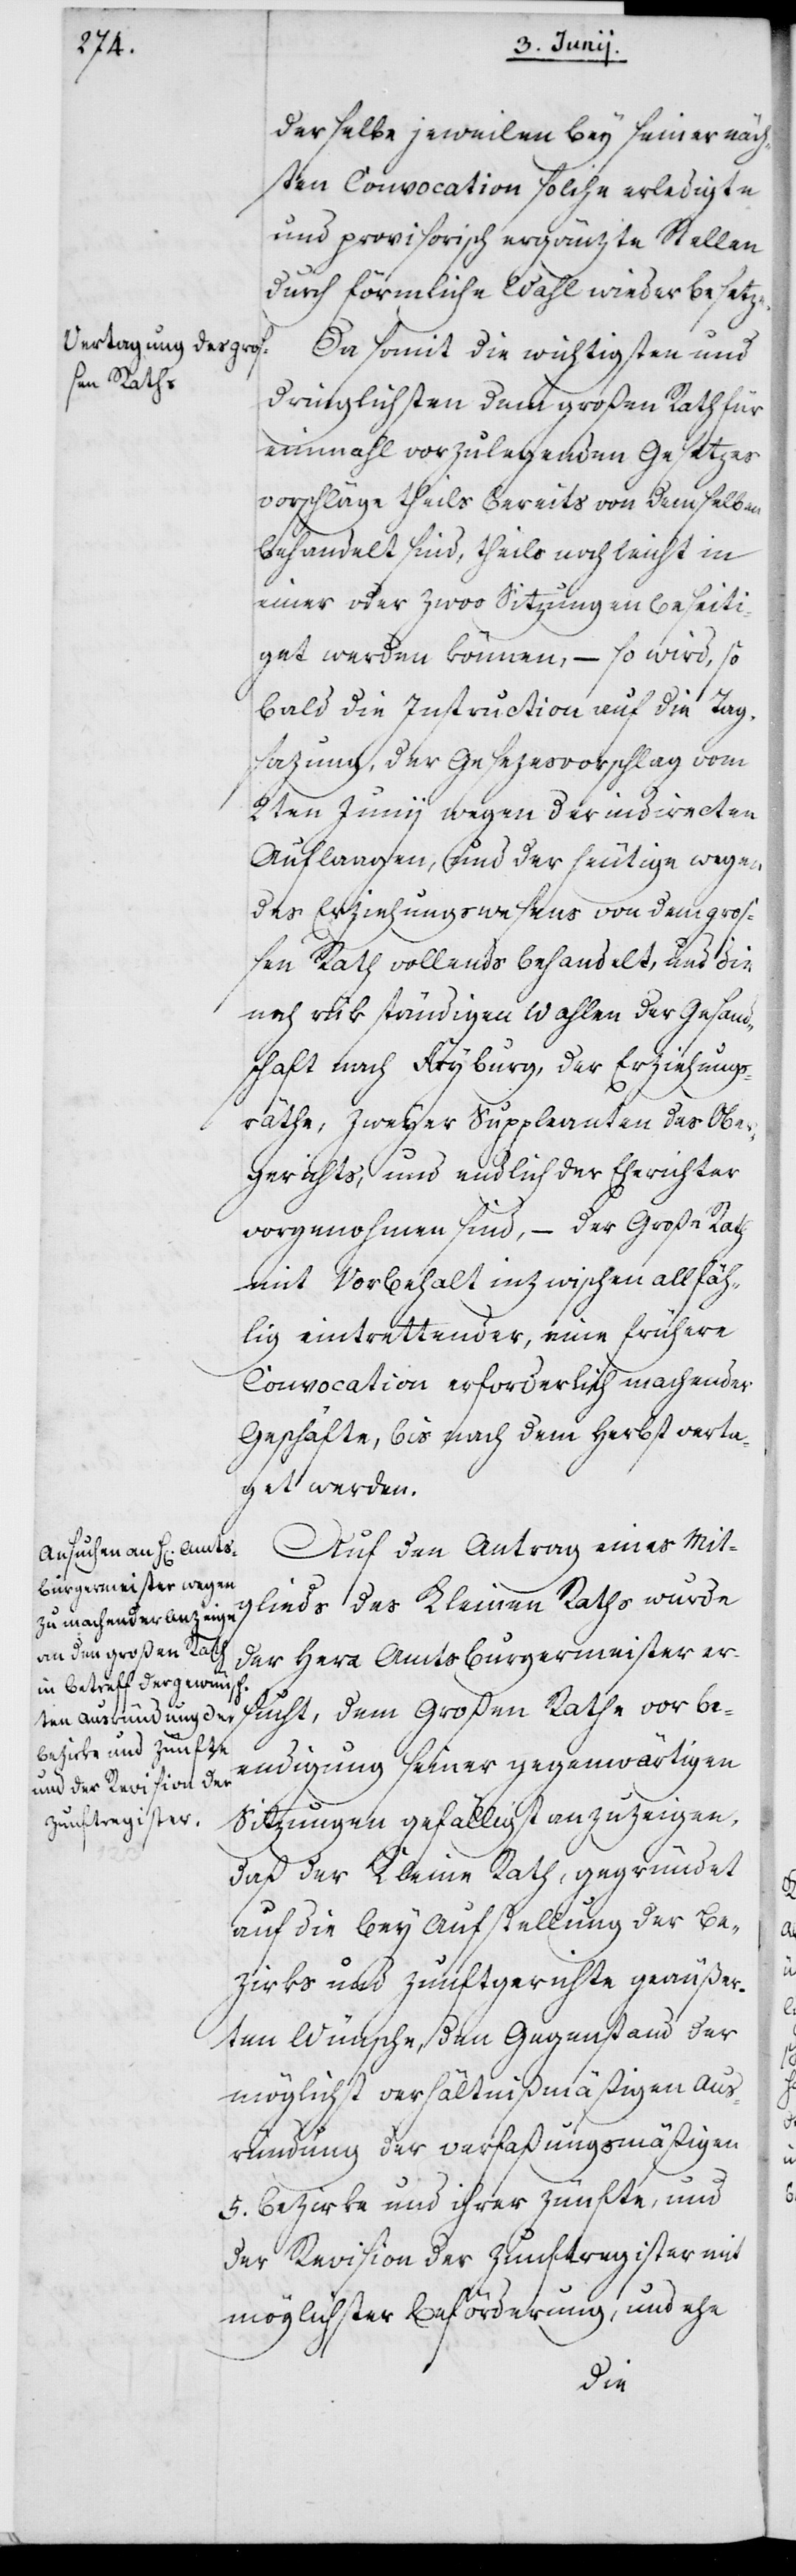
derselbe jeweilen bey seiner näch¬
sten Convocation solche erledigte
und provisorisch ergänzte Stellen
durch förmliche Wahl wiederbesetze.
Da somit die wichtigsten und
dringlichsten dem großen Rath für
einmahl vorzulegenden Gesetzes¬
vorschläge theils bereits von demselben
behandelt sind, theils noch leicht in
einer oder zwoo Sitzungen beseiti¬
get werden können, – so wird, so¬
bald die Instruction auf die Tag¬
sazung, der Gesetzesvorschlag vom
2ten Junij wegen der indirecten
Auflaagen und der heutige wegen
des Erziehungswesens von dem groß¬
en Rath vollends behandelt, und die
noch rükständigen Wahlen der Gesandt¬
schaft nach Fryburg, der Erziehungs¬
räthe, zweyer Suppleanten des Ober¬
gerichts; und endlich der Eherichter
vorgenohmen sind, – der Große Rath
mit Vorbehalt inzwischen allfäh¬
lig eintrettender, eine frühere
Convocation erforderlich machender
Geschäfte, bis nach dem Herbst verta¬
get werden.
Auf den Antrag eines Mit¬
glieds des Kleinen Raths wurde
der Herr Amtsburgermeister er¬
sucht, dem Großen Rathe vor Be¬
endigung seiner gegenwärtigen
Sitzungen gefälligst anzuzeigen,
daß der Kleine Rath, gegründet
auf die bey Aufstellung der Be¬
zirks- und Zunftgerichte geäußer¬
ten Wünsche, den Gegenstand der
möglichst verhältnißmäßigen Aus¬
ründung der verfaßungsmäßigen
Bezirke und ihrer Zünfte, und
der Revision der Zunftregister mit
möglichster Beförderung, und ehe